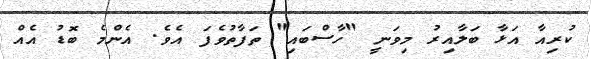
ކުރިއާ އަޅާ ބަލާއިރު މިވަނީ "ހާސްބައި" ތަފާތުވެފަ އެވެ. އެންމެ ބޮޑު އެއް